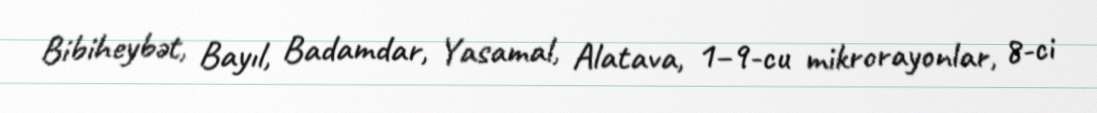
Bibiheybət, Bayıl, Badamdar, Yasamal, Alatava, 1–9-cu mikrorayonlar, 8-ci